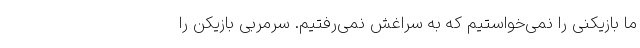
ما بازیکنی را نمی‌خواستیم که به سراغش نمی‌رفتیم. سرمربی بازیکن را